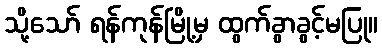
သို့သော် ရန်ကုန်မြို့မှ ထွက်ခွာခွင့်မပြု။